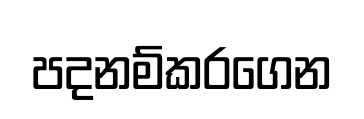
පදනම්කරගෙන